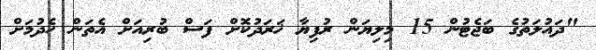
"ދައުލަތުގެ ބަޖެޓުން 15 މިލިޔަން ރުފިޔާ ޚަރަދުކޮށް ފަސް ބުރިއަށް އެތަން ހެދުމަށް